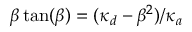
\beta \tan ( \beta ) = ( \kappa _ { d } - \beta ^ { 2 } ) / \kappa _ { a }